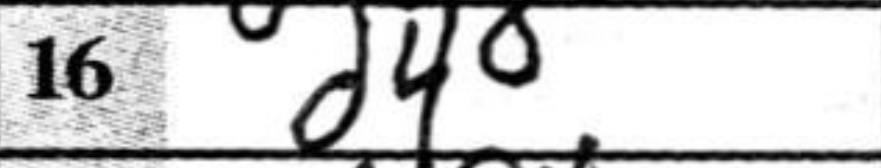
Transcription: d4